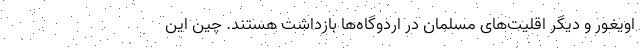
اویغور و دیگر اقلیت‌های مسلمان در اردوگاه‌ها بازداشت هستند. چین این